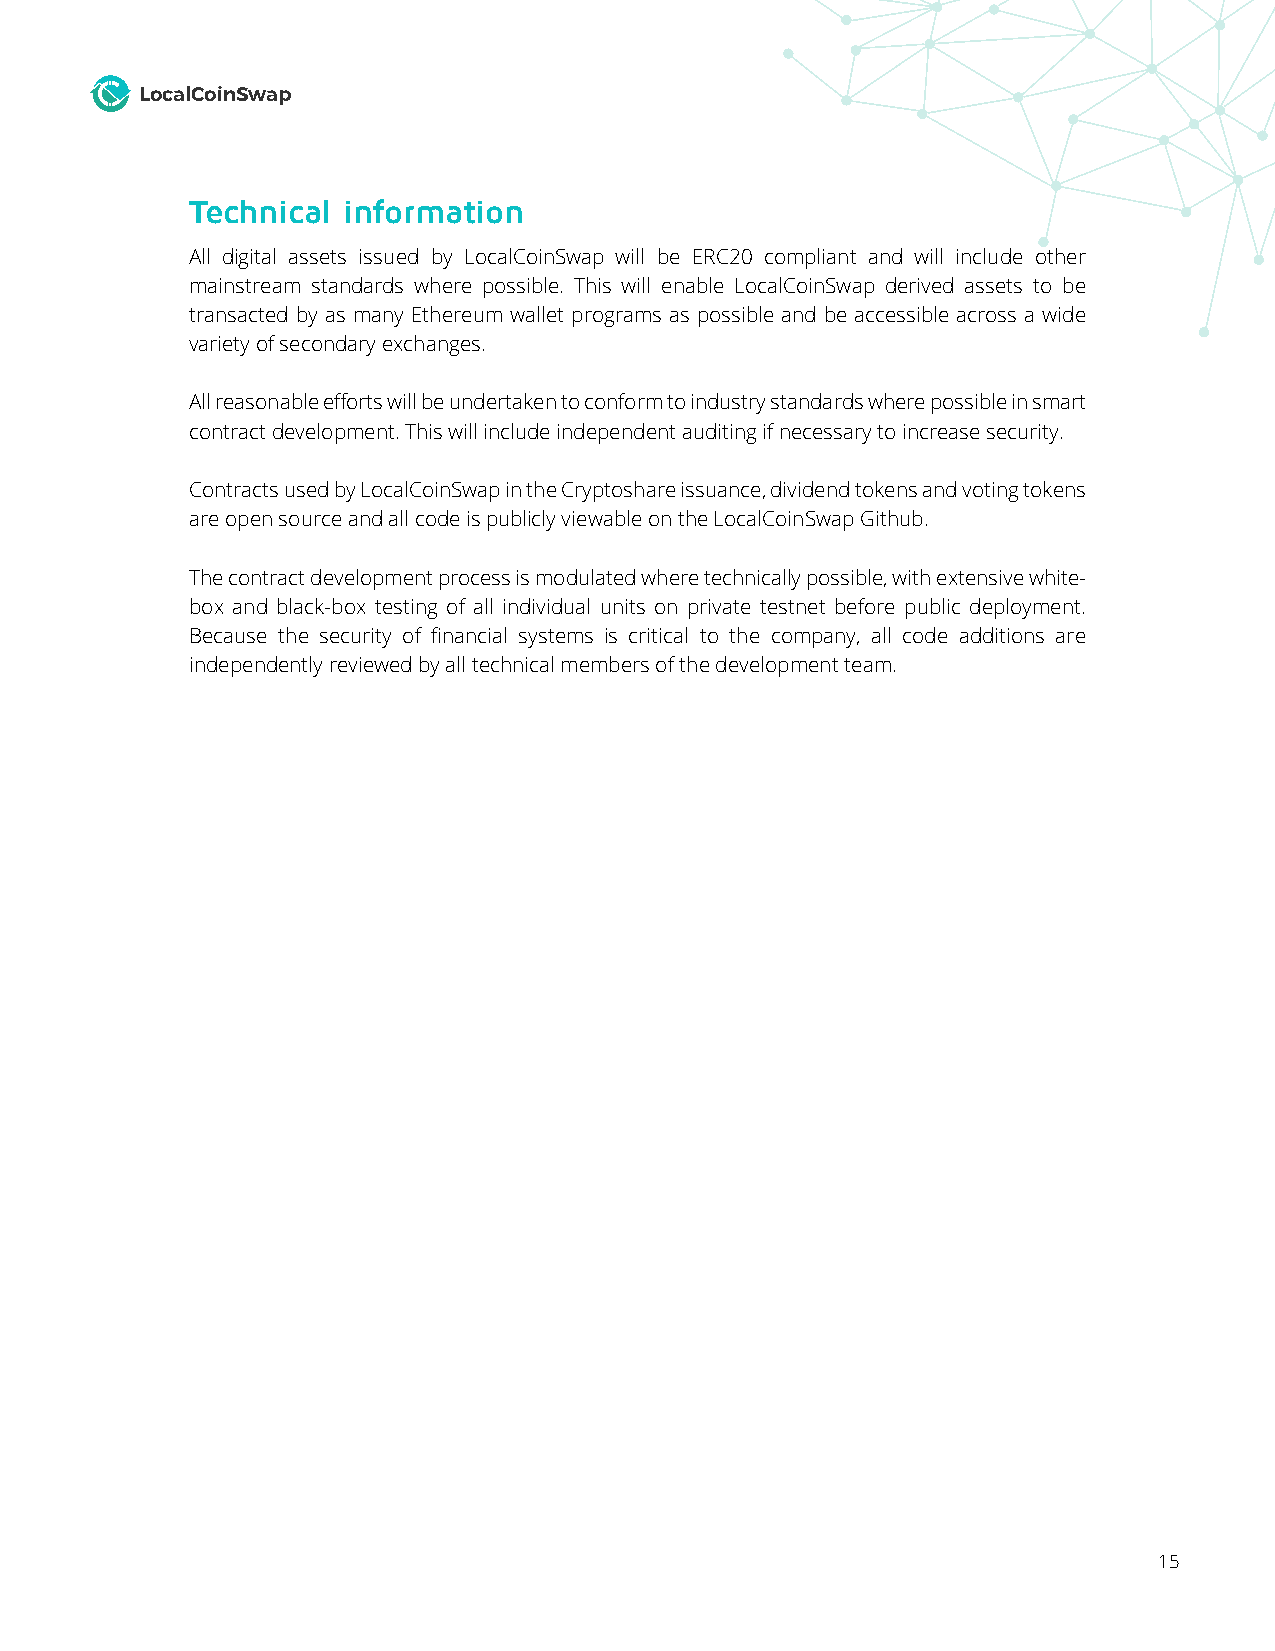
LocalCoinSwap
 Technical information
 All digital assets issued by LocalCoinSwap will be ERC20 compliant and will include other
 mainstream standards where possible. This will enable LocalCoinSwap derived assets to be
 transacted by as many Ethereum wallet programs as possible and be accessible across a wide
 variety of secondary exchanges.
 All reasonable efforts will be undertaken to conform to industry standards where possible in smart
 contract development. This will include independent auditing if necessary to increase security.
 Contracts used by LocalCoinSwap in the Cryptoshare issuance, dividend tokens and voting tokens
 are open source and all code is publicly viewable on the LocalCoinSwap Github.
 The contract development process is modulated where technically possible, with extensive white-
 box and black-box testing of all individual units on private testnet before public deployment.
 Because the security of financial systems is critical to the company, all code additions are
 independently reviewed by all technical members of the development team.
 15